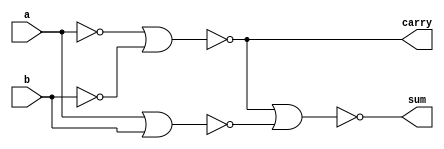
module halfbynor (a,b,sum,carry);
  input a,b;
  output sum,carry;
  assign sum=~((~(~a|~b))|~(a|b) ) ;
  assign carry=~(~a|~b)  ;
endmodule

module tb;
  reg a,b;
  wire sum,carry;
  halfbynor all (.a(a),.b(b),.sum(sum),.carry(carry));
  initial 
    begin 
      a=0;b=0;
      #2 a=0;b=1;
      #2 a=1;b=0;
      #2 a=1;b=1;
      #2;
    end
  initial
    begin
      $monitor("a=%b,b=%b,sum=%b,carry=%b",a,b,sum,carry);
      $dumpfile("dump.vcd");
      $dumpvars();
    end 
    endmodule